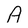
Character: A